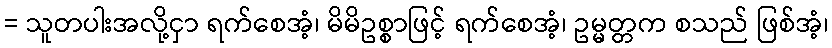
= သူတပါးအလို့ငှာ ရက်စေအံ့၊ မိမိဥစ္စာဖြင့် ရက်စေအံ့၊ ဥမ္မတ္တက စသည် ဖြစ်အံ့၊